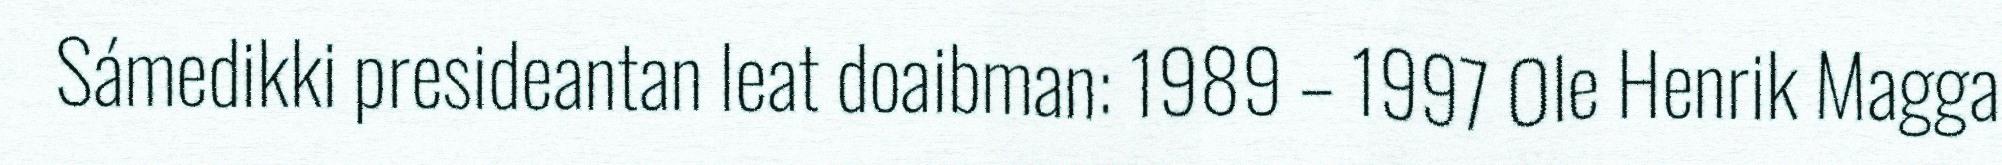
Sámedikki presideantan leat doaibman: 1989 – 1997 Ole Henrik Magga